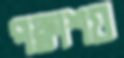
পক্বাশয়